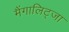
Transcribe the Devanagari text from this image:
मैंगालिट्जा